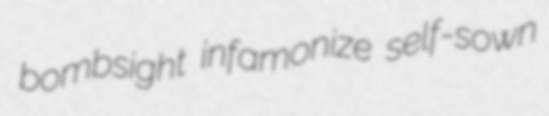
bombsight infamonize self-sown